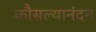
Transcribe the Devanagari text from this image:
कौसल्यानंदन